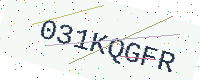
Text: 031KQGFR